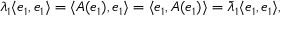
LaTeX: \lambda _ { 1 } \langle e _ { 1 } , e _ { 1 } \rangle = \langle A ( e _ { 1 } ) , e _ { 1 } \rangle = \langle e _ { 1 } , A ( e _ { 1 } ) \rangle = { \bar { \lambda } } _ { 1 } \langle e _ { 1 } , e _ { 1 } \rangle ,